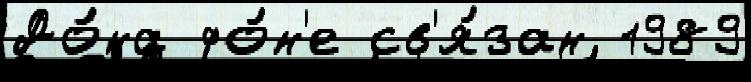
До́на фо́н'е св'я́зан 1989